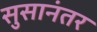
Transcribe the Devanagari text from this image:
सुसानंतर